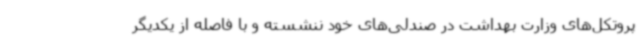
پروتکل‌های وزارت بهداشت در صندلی‌های خود ننشسته و با فاصله از یکدیگر